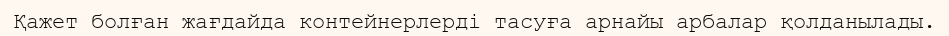
Қажет болған жағдайда контейнерлерді тасуға арнайы арбалар қолданылады.